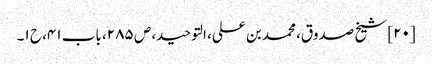
[۲۰] شیخ صدوق، محمد بن علی، التوحید، ص ۲۸۵، باب ۴۱، ح ۱۔